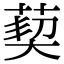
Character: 葜